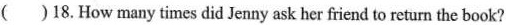
( )18.How many times did Jenny ask her friend to return the book?